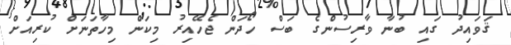
ޤަވައިދު ގައި ބުނާ ވާރިސުންގެ ބަސް ހޯދަން ޖެހޭއިރު މިކަން މިހާތަނަށް ކުރިއަށް